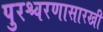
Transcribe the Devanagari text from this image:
पुरश्चरणासारखी